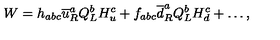
W = h _ { a b c } \overline { { u } } _ { R } ^ { a } Q _ { L } ^ { b } H _ { u } ^ { c } + f _ { a b c } \overline { { d } } _ { R } ^ { a } Q _ { L } ^ { b } H _ { d } ^ { c } + \ldots ,